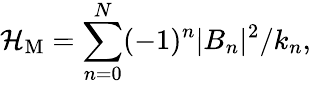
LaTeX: {\cal H}_{\mathrm{M}}=\sum_{n=0}^{N}(-1)^{n}|B_{n}|^{2}/k_{n},